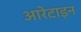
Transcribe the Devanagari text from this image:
आरेटाइन